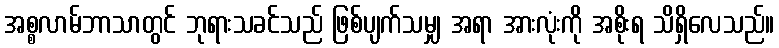
အစ္စလာမ်ဘာသာတွင် ဘုရားသခင်သည် ဖြစ်ပျက်သမျှ အရာ အားလုံးကို အစိုးရ သိရှိလေသည်။